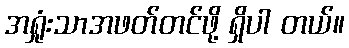
အရှုံးသာအဖတ်တင်ဖို့ ရှိပါ တယ်။